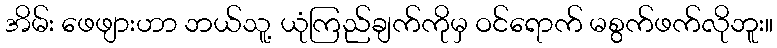
အိမ်း ဖေဖျားဟာ ဘယ်သူ့ ယုံကြည်ချက်ကိုမှ ဝင်ရောက် မစွက်ဖက်လိုဘူး။